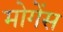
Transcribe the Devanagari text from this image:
मोगेंस